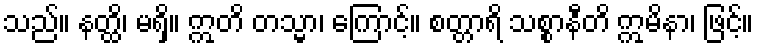
သည်။ နတ္ထိ၊ မရှိ။ ဣတိ တသ္မာ၊ ကြောင့်။ စတ္တာရိ သစ္စာနီတိ ဣမိနာ၊ ဖြင့်။